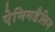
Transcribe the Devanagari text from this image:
ऐमिगडैलिन